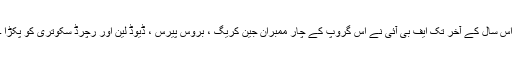
اس سال کے آخر تک ایف بی آئی نے اس گروپ کے چار ممبران جین کریگ ، بروس پیرس ، ڈیوڈ لین اور رچرڈ سکوتری کو پکڑا ۔